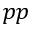
p p